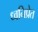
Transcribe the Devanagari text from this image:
ध्वनिप्रेत